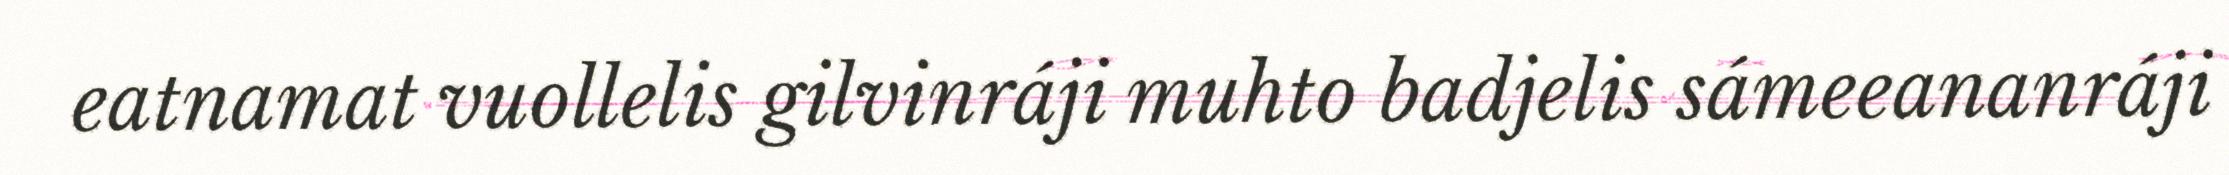
eatnamat vuollelis gilvinráji muhto badjelis sámeeananráji